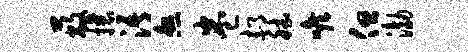
蔽攘浯煞卷郝德喉但渤